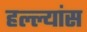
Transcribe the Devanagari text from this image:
हल्ल्यांस